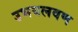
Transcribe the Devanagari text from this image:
उभयलवण